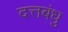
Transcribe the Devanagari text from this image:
दत्तबंधु